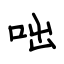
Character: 咄